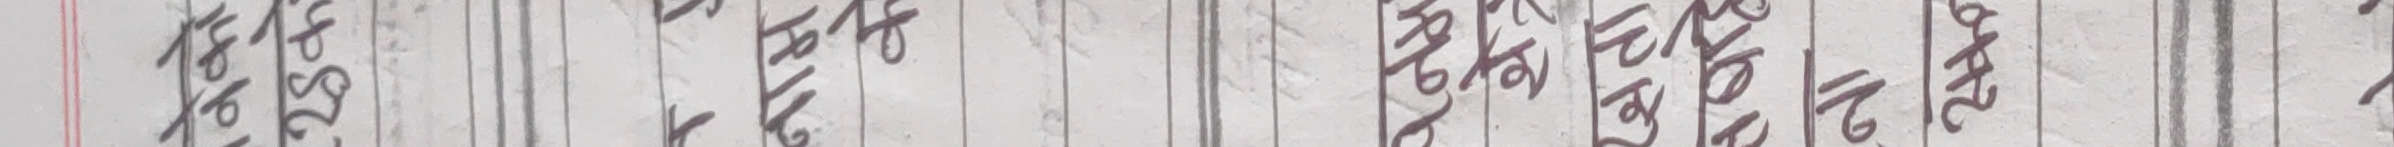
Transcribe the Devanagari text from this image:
२०४९
२०५०
२०५१
२०५२
२०५३
२०५४
२०५५
२०५६
२०५७
२०५८
२०५९
२०६०
२०६१
२०६२
२०६३
मासिक
लेखा
आयव्यय
जम्मा
रकम
पुँजीगत
चालु
कुल
व्यय